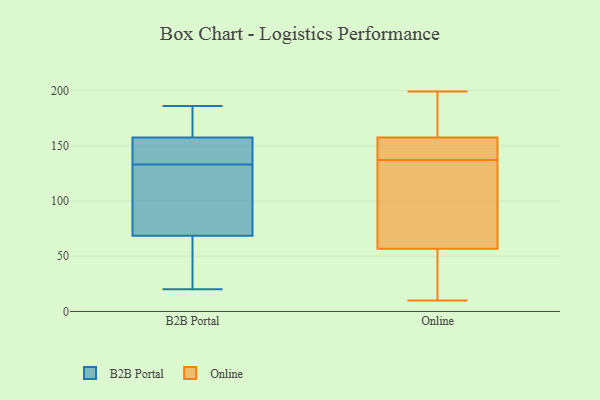
{"axis": {"x": "Active Users", "y": "Value"}, "legend": ["B2B Portal", "Online"], "data": [{"x": "", "y": 168, "type": "B2B Portal"}, {"x": "", "y": 169, "type": "B2B Portal"}, {"x": "", "y": 20, "type": "B2B Portal"}, {"x": "", "y": 52, "type": "B2B Portal"}, {"x": "", "y": 163, "type": "B2B Portal"}, {"x": "", "y": 186, "type": "B2B Portal"}, {"x": "", "y": 137, "type": "B2B Portal"}, {"x": "", "y": 129, "type": "B2B Portal"}, {"x": "", "y": 64, "type": "B2B Portal"}, {"x": "", "y": 116, "type": "B2B Portal"}, {"x": "", "y": 139, "type": "B2B Portal"}, {"x": "", "y": 140, "type": "B2B Portal"}, {"x": "", "y": 92, "type": "B2B Portal"}, {"x": "", "y": 66, "type": "B2B Portal"}, {"x": "", "y": 48, "type": "B2B Portal"}, {"x": "", "y": 173, "type": "B2B Portal"}, {"x": "", "y": 71, "type": "B2B Portal"}, {"x": "", "y": 145, "type": "B2B Portal"}, {"x": "", "y": 89, "type": "B2B Portal"}, {"x": "", "y": 152, "type": "B2B Portal"}, {"x": "", "y": 10, "type": "Online"}, {"x": "", "y": 145, "type": "Online"}, {"x": "", "y": 199, "type": "Online"}, {"x": "", "y": 198, "type": "Online"}, {"x": "", "y": 139, "type": "Online"}, {"x": "", "y": 74, "type": "Online"}, {"x": "", "y": 51, "type": "Online"}, {"x": "", "y": 156, "type": "Online"}, {"x": "", "y": 137, "type": "Online"}, {"x": "", "y": 18, "type": "Online"}, {"x": "", "y": 33, "type": "Online"}, {"x": "", "y": 106, "type": "Online"}, {"x": "", "y": 115, "type": "Online"}, {"x": "", "y": 158, "type": "Online"}, {"x": "", "y": 169, "type": "Online"}]}